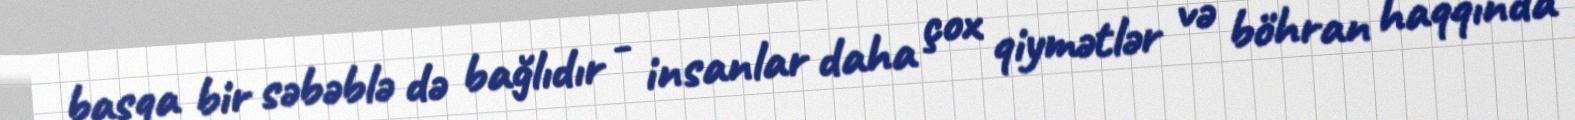
başqa bir səbəblə də bağlıdır - insanlar daha çox qiymətlər və böhran haqqında